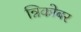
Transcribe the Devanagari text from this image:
न्निकोबर